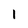
Character: 1